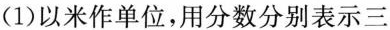
(1)以米作单位，用分数分别表示三